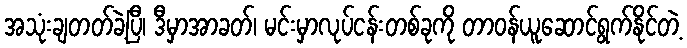
အသုံးချတတ်ခဲ့ပြီ၊ ဒီမှာအာခတ်၊ မင်းမှာလုပ်ငန်းတစ်ခုကို တာဝန်ယူဆောင်ရွက်နိုင်တဲ့